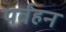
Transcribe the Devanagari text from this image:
पर्वहन